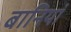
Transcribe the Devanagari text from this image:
बानियां